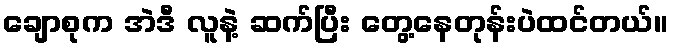
ချောစုက အဲဒီ လူနဲ့ ဆက်ပြီး တွေ့နေတုန်းပဲထင်တယ်။